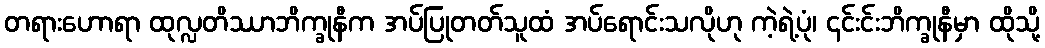
တရားဟောရာ ထုလ္လတိဿာဘိက္ခုနီက အပ်ပြုတတ်သူထံ အပ်ရောင်းသလိုဟု ကဲ့ရဲ့ပုံ၊ ၎င်းင်းဘိက္ခုနီမှာ ထိုသို့